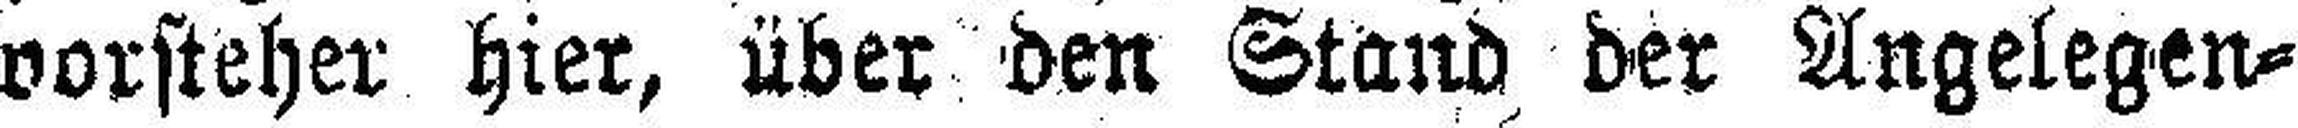
vorsteher hier, über den Stand der Angelegen¬